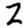
Digit: 2